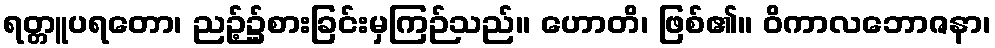
ရတ္တူပရတော၊ ညဉ့်၌စားခြင်းမှကြဉ်သည်။ ဟောတိ၊ ဖြစ်၏။ ဝိကာလဘောဇနာ၊